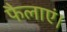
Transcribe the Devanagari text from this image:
फैलाएं।